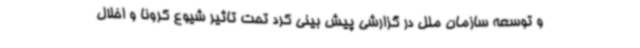
و توسعه سازمان ملل در گزارشی پیش بینی کرد تحت تاثیر شیوع کرونا و اخلال